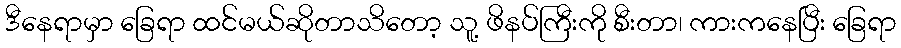
ဒီနေရာမှာ ခြေရာ ထင်မယ်ဆိုတာသိတော့ သူ့ ဖိနပ်ကြီးကို စီးတာ၊ ကားကနေပြီး ခြေရာ